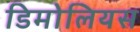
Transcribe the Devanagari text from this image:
डिमोलियस